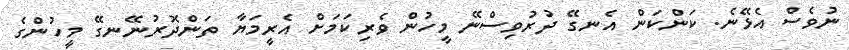
ނުވެސް އެޅޭނެ. ކަންކަން އެނގޭ ދުރުވިސްނޭ މީހުން ވެރިކަމަށް އެރީމަޔާ ތަންދޮރުނޭނގޭ މީހުންގެ